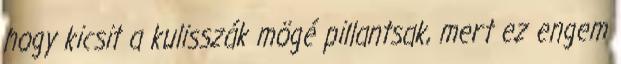
hogy kicsit a kulisszák mögé pillantsak, mert ez engem